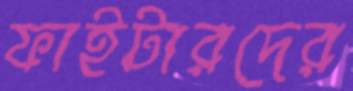
ফাইটারদের